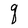
Character: q